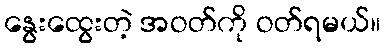
နွေးထွေးတဲ့ အဝတ်ကို ဝတ်ရမယ်။